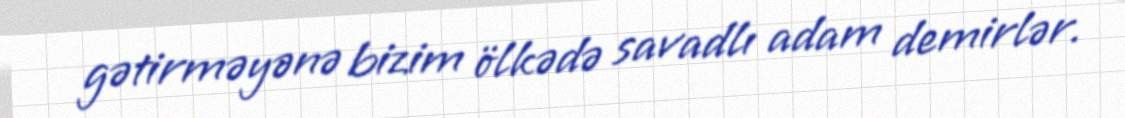
gətirməyənə bizim ölkədə savadlı adam demirlər.